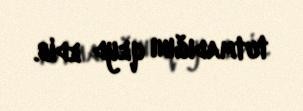
tutmadığını qeyd edib.